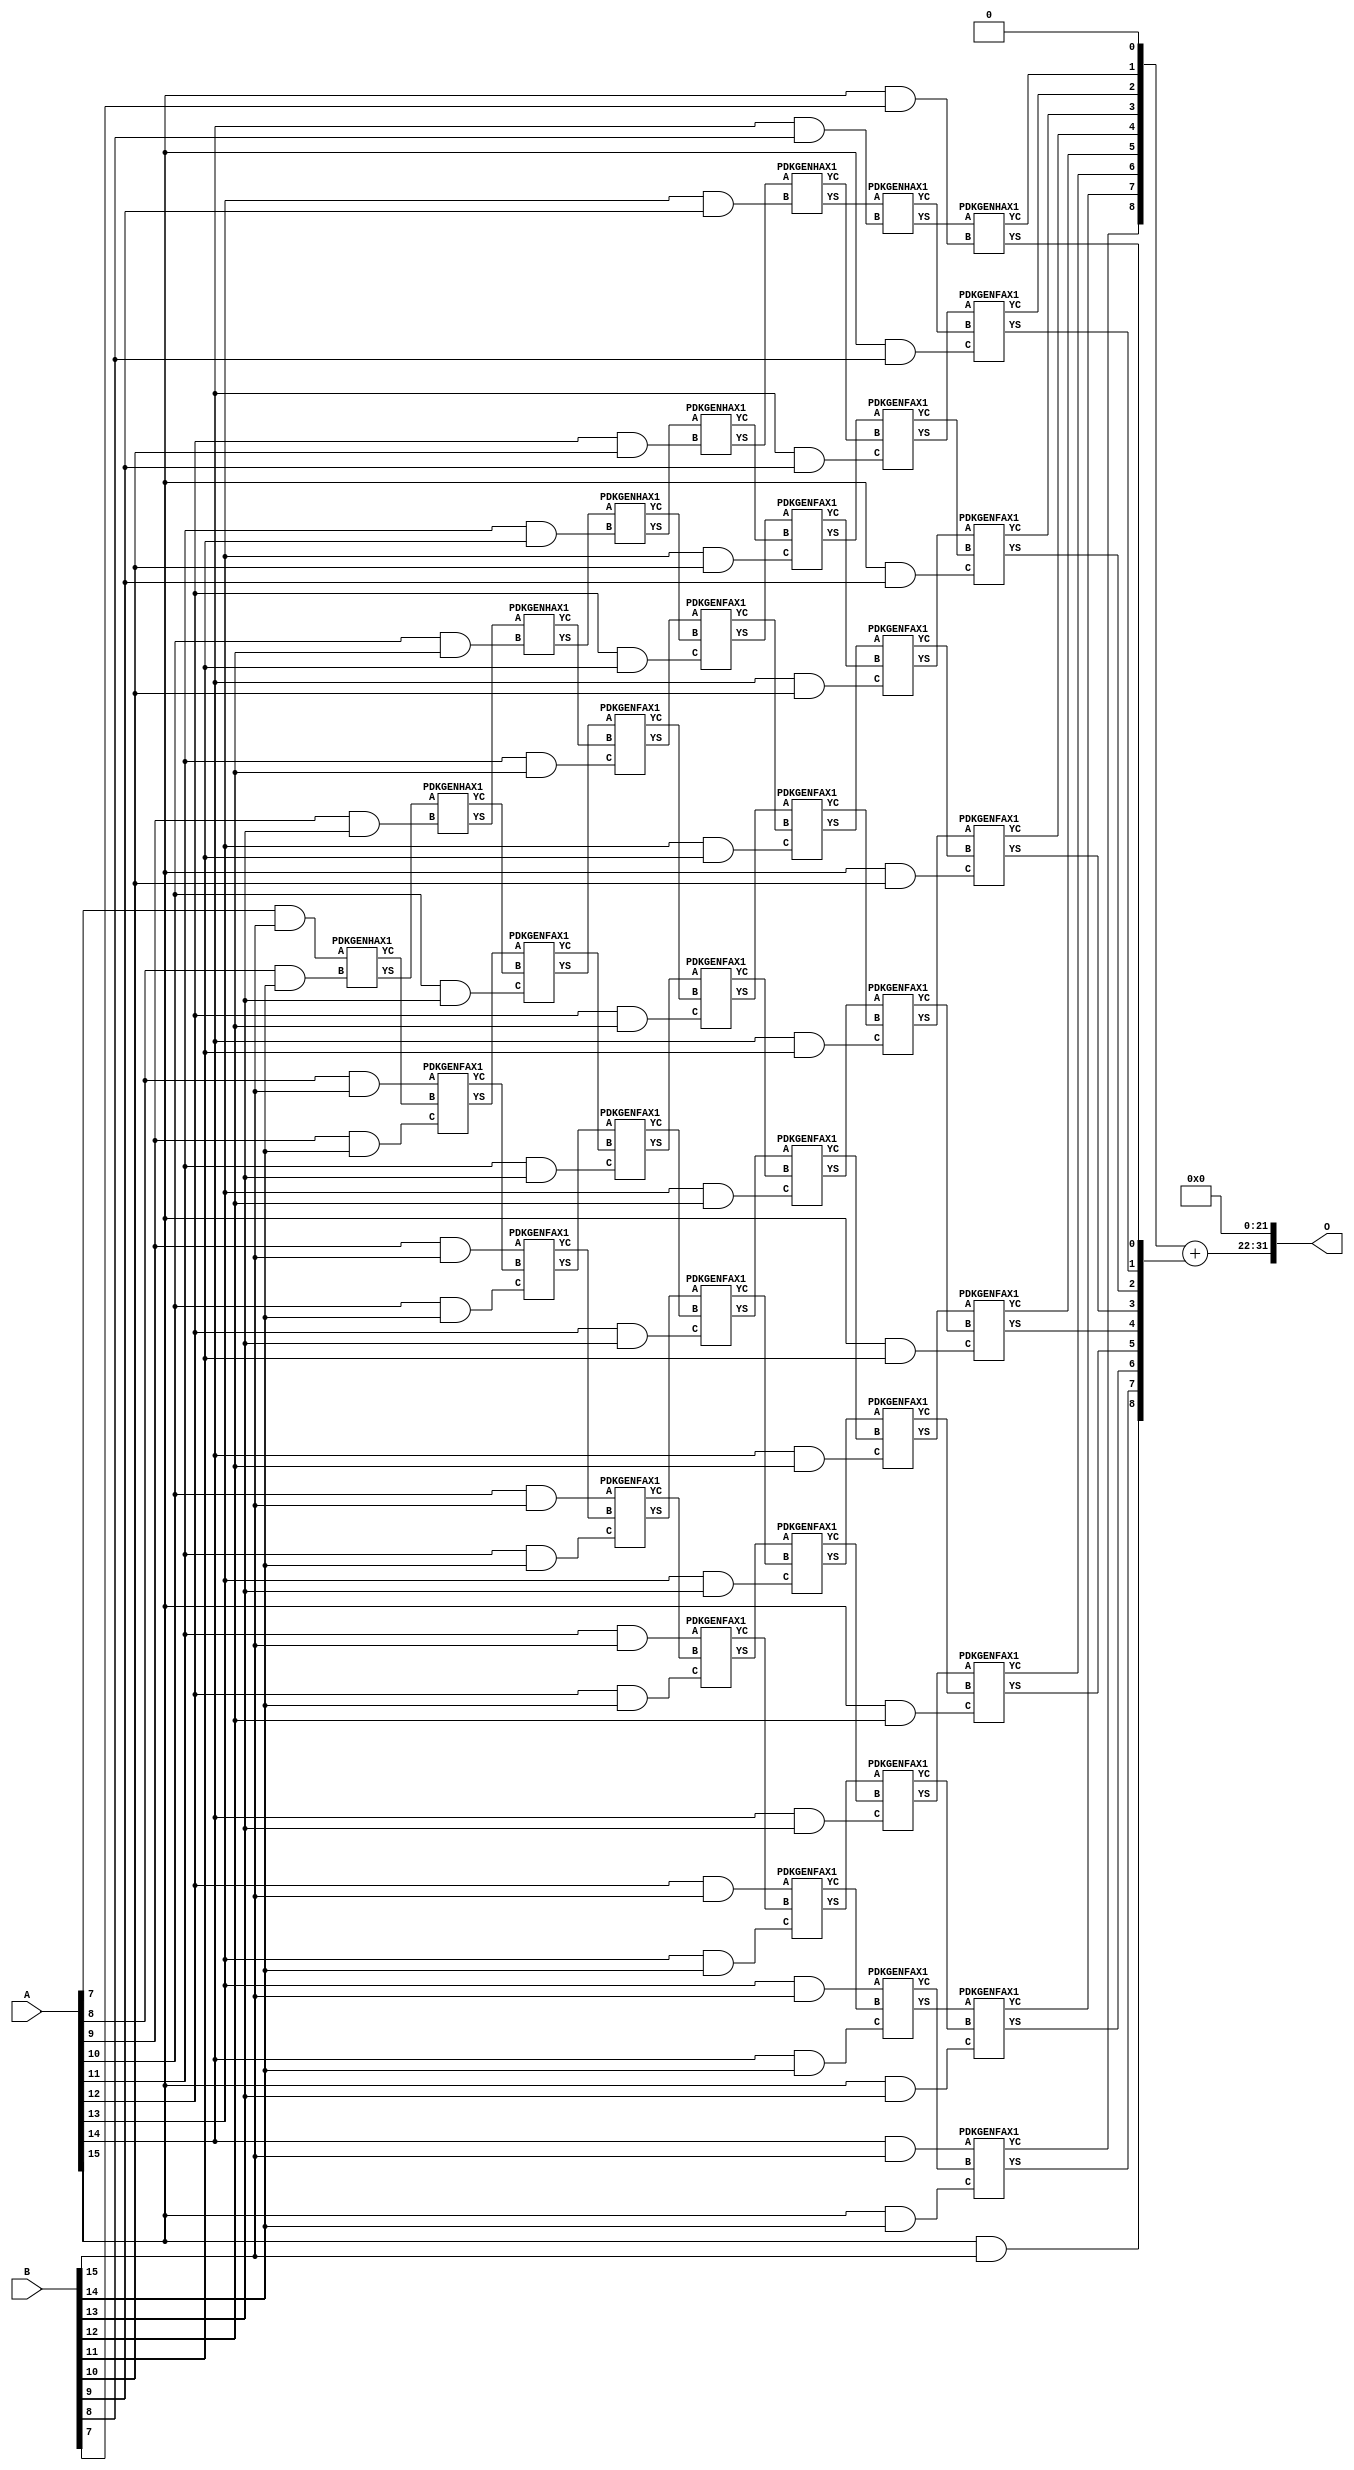
/***
* This code is a part of EvoApproxLib library (ehw.fit.vutbr.cz/approxlib) distributed under The MIT License.
* When used, please cite the following article(s): PRABAKARAN B. S., MRAZEK V., VASICEK Z., SEKANINA L., SHAFIQUE M. ApproxFPGAs: Embracing ASIC-based Approximate Arithmetic Components for FPGA-Based Systems. DAC 2020. 
***/
// MAE% = 0.27 %
// MAE = 11501568 
// WCE% = 1.07 %
// WCE = 46006273 
// WCRE% = 100.00 %
// EP% = 100.00 %
// MRE% = 4.75 %
// MSE = 15872.778e10 
// FPGA_POWER = 0.92
// FPGA_DELAY = 12
// FPGA_LUT = 53


module mul16u_GC6 ( A, B, O );
  input [15:0] A;
  input [15:0] B;
  output [31:0] O;

  wire C_10_12,C_10_13,C_10_14,C_11_11,C_11_12,C_11_13,C_11_14,C_12_10,C_12_11,C_12_12,C_12_13,C_12_14,C_13_10,C_13_11,C_13_12,C_13_13,C_13_14,C_13_9,C_14_10,C_14_11,C_14_12,C_14_13,C_14_14,C_14_8,C_14_9,C_15_10,C_15_11,C_15_12,C_15_13,C_15_14,C_15_7,C_15_8,C_15_9,C_8_14,C_9_13,C_9_14,S_10_12,S_10_13,S_10_14,S_10_15,S_11_11,S_11_12,S_11_13,S_11_14,S_11_15,S_12_10,S_12_11,S_12_12,S_12_13,S_12_14,S_12_15,S_13_10,S_13_11,S_13_12,S_13_13,S_13_14,S_13_15,S_13_9,S_14_10,S_14_11,S_14_12,S_14_13,S_14_14,S_14_15,S_14_8,S_14_9,S_15_10,S_15_11,S_15_12,S_15_13,S_15_14,S_15_15,S_15_7,S_15_8,S_15_9,S_16_10,S_16_11,S_16_12,S_16_13,S_16_14,S_16_15,S_16_6,S_16_7,S_16_8,S_16_9,S_7_15,S_8_14,S_8_15,S_9_13,S_9_14,S_9_15;

  assign S_7_15 = (A[7] & B[15]);
  PDKGENHAX1 U407293 (.A(S_7_15), .B((A[8] & B[14])), .YS(S_8_14), .YC(C_8_14));
  assign S_8_15 = (A[8] & B[15]);
  PDKGENHAX1 U407308 (.A(S_8_14), .B((A[9] & B[13])), .YS(S_9_13), .YC(C_9_13));
  PDKGENFAX1 U407309 (.A(S_8_15), .B(C_8_14), .C((A[9] & B[14])), .YS(S_9_14), .YC(C_9_14));
  assign S_9_15 = (A[9] & B[15]);
  PDKGENHAX1 U407323 (.A(S_9_13), .B((A[10] & B[12])), .YS(S_10_12), .YC(C_10_12));
  PDKGENFAX1 U407324 (.A(S_9_14), .B(C_9_13), .C((A[10] & B[13])), .YS(S_10_13), .YC(C_10_13));
  PDKGENFAX1 U407325 (.A(S_9_15), .B(C_9_14), .C((A[10] & B[14])), .YS(S_10_14), .YC(C_10_14));
  assign S_10_15 = (A[10] & B[15]);
  PDKGENHAX1 U407338 (.A(S_10_12), .B((A[11] & B[11])), .YS(S_11_11), .YC(C_11_11));
  PDKGENFAX1 U407339 (.A(S_10_13), .B(C_10_12), .C((A[11] & B[12])), .YS(S_11_12), .YC(C_11_12));
  PDKGENFAX1 U407340 (.A(S_10_14), .B(C_10_13), .C((A[11] & B[13])), .YS(S_11_13), .YC(C_11_13));
  PDKGENFAX1 U407341 (.A(S_10_15), .B(C_10_14), .C((A[11] & B[14])), .YS(S_11_14), .YC(C_11_14));
  assign S_11_15 = (A[11] & B[15]);
  PDKGENHAX1 U407353 (.A(S_11_11), .B((A[12] & B[10])), .YS(S_12_10), .YC(C_12_10));
  PDKGENFAX1 U407354 (.A(S_11_12), .B(C_11_11), .C((A[12] & B[11])), .YS(S_12_11), .YC(C_12_11));
  PDKGENFAX1 U407355 (.A(S_11_13), .B(C_11_12), .C((A[12] & B[12])), .YS(S_12_12), .YC(C_12_12));
  PDKGENFAX1 U407356 (.A(S_11_14), .B(C_11_13), .C((A[12] & B[13])), .YS(S_12_13), .YC(C_12_13));
  PDKGENFAX1 U407357 (.A(S_11_15), .B(C_11_14), .C((A[12] & B[14])), .YS(S_12_14), .YC(C_12_14));
  assign S_12_15 = (A[12] & B[15]);
  PDKGENHAX1 U407368 (.A(S_12_10), .B((A[13] & B[9])), .YS(S_13_9), .YC(C_13_9));
  PDKGENFAX1 U407369 (.A(S_12_11), .B(C_12_10), .C((A[13] & B[10])), .YS(S_13_10), .YC(C_13_10));
  PDKGENFAX1 U407370 (.A(S_12_12), .B(C_12_11), .C((A[13] & B[11])), .YS(S_13_11), .YC(C_13_11));
  PDKGENFAX1 U407371 (.A(S_12_13), .B(C_12_12), .C((A[13] & B[12])), .YS(S_13_12), .YC(C_13_12));
  PDKGENFAX1 U407372 (.A(S_12_14), .B(C_12_13), .C((A[13] & B[13])), .YS(S_13_13), .YC(C_13_13));
  PDKGENFAX1 U407373 (.A(S_12_15), .B(C_12_14), .C((A[13] & B[14])), .YS(S_13_14), .YC(C_13_14));
  assign S_13_15 = (A[13] & B[15]);
  PDKGENHAX1 U407383 (.A(S_13_9), .B((A[14] & B[8])), .YS(S_14_8), .YC(C_14_8));
  PDKGENFAX1 U407384 (.A(S_13_10), .B(C_13_9), .C((A[14] & B[9])), .YS(S_14_9), .YC(C_14_9));
  PDKGENFAX1 U407385 (.A(S_13_11), .B(C_13_10), .C((A[14] & B[10])), .YS(S_14_10), .YC(C_14_10));
  PDKGENFAX1 U407386 (.A(S_13_12), .B(C_13_11), .C((A[14] & B[11])), .YS(S_14_11), .YC(C_14_11));
  PDKGENFAX1 U407387 (.A(S_13_13), .B(C_13_12), .C((A[14] & B[12])), .YS(S_14_12), .YC(C_14_12));
  PDKGENFAX1 U407388 (.A(S_13_14), .B(C_13_13), .C((A[14] & B[13])), .YS(S_14_13), .YC(C_14_13));
  PDKGENFAX1 U407389 (.A(S_13_15), .B(C_13_14), .C((A[14] & B[14])), .YS(S_14_14), .YC(C_14_14));
  assign S_14_15 = (A[14] & B[15]);
  PDKGENHAX1 U407398 (.A(S_14_8), .B((A[15] & B[7])), .YS(S_15_7), .YC(C_15_7));
  PDKGENFAX1 U407399 (.A(S_14_9), .B(C_14_8), .C((A[15] & B[8])), .YS(S_15_8), .YC(C_15_8));
  PDKGENFAX1 U407400 (.A(S_14_10), .B(C_14_9), .C((A[15] & B[9])), .YS(S_15_9), .YC(C_15_9));
  PDKGENFAX1 U407401 (.A(S_14_11), .B(C_14_10), .C((A[15] & B[10])), .YS(S_15_10), .YC(C_15_10));
  PDKGENFAX1 U407402 (.A(S_14_12), .B(C_14_11), .C((A[15] & B[11])), .YS(S_15_11), .YC(C_15_11));
  PDKGENFAX1 U407403 (.A(S_14_13), .B(C_14_12), .C((A[15] & B[12])), .YS(S_15_12), .YC(C_15_12));
  PDKGENFAX1 U407404 (.A(S_14_14), .B(C_14_13), .C((A[15] & B[13])), .YS(S_15_13), .YC(C_15_13));
  PDKGENFAX1 U407405 (.A(S_14_15), .B(C_14_14), .C((A[15] & B[14])), .YS(S_15_14), .YC(C_15_14));
  assign S_15_15 = (A[15] & B[15]);
  assign {S_16_15, S_16_14, S_16_13, S_16_12, S_16_11, S_16_10, S_16_9, S_16_8, S_16_7, S_16_6} = {C_15_14, C_15_13, C_15_12, C_15_11, C_15_10, C_15_9, C_15_8, C_15_7, 1'b0} + {S_15_15, S_15_14, S_15_13, S_15_12, S_15_11, S_15_10, S_15_9, S_15_8, S_15_7};
  assign O = {S_16_15,S_16_14,S_16_13,S_16_12,S_16_11,S_16_10,S_16_9,S_16_8,S_16_7,S_16_6,1'b0,1'b0,1'b0,1'b0,1'b0,1'b0,1'b0,1'b0,1'b0,1'b0,1'b0,1'b0,1'b0,1'b0,1'b0,1'b0,1'b0,1'b0,1'b0,1'b0,1'b0,1'b0};

endmodule

/* mod */
module PDKGENHAX1( input A, input B, output YS, output YC );
    assign YS = A ^ B;
    assign YC = A & B;
endmodule
/* mod */
module PDKGENFAX1( input A, input B, input C, output YS, output YC );
    assign YS = (A ^ B) ^ C;
    assign YC = (A & B) | (B & C) | (A & C);
endmodule